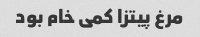
مرغ پیتزا کمی خام بود